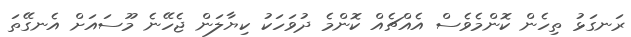
ރަނގަޅު ތިހެން ކޮންމެވެސް އެއްޗެއް ކޮންމެ ދުވަހަކު ކިޔާލަން ޖެހޭނެ މޫސައަށް އެނގޭތަ